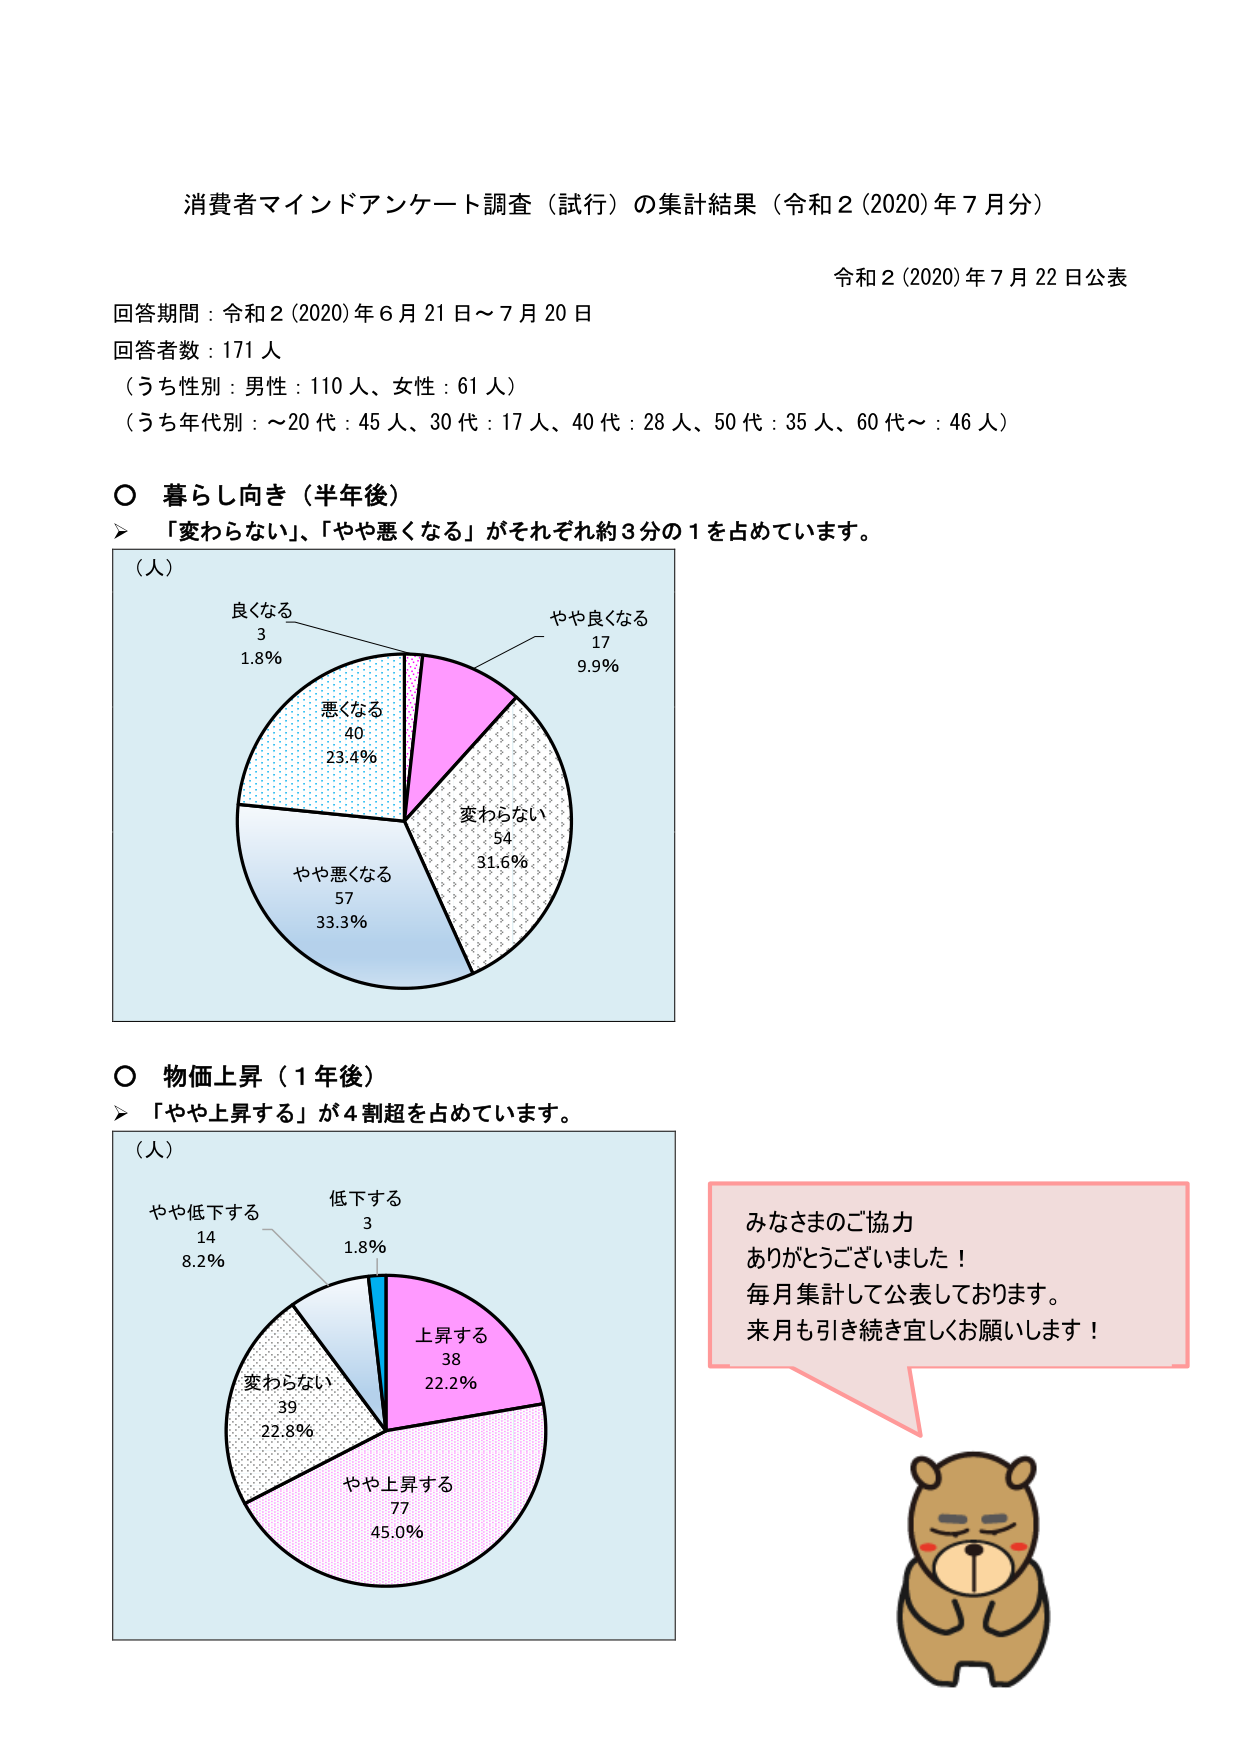
消費者マインドアンケート調査（試行）の集計結果（令和2(2020)年7月分）

令和2(2020)年7月22日公表

回答期間：令和2(2020)年6月21日～7月20日
回答者数：171人
（うち性別：男性：110人、女性：61人）
（うち年代別：～20代：45人、30代：17人、40代：28人、50代：35人、60代～：46人）

○ 暮らし向き（半年後）
▶ 「変わらない」、「やや悪くなる」がそれぞれ約3分の1を占めています。

（人）
良くなる
3
1.8%
悪くなる
40
23.4%
やや悪くなる
57
33.3%
変わらない
54
31.6%
やや良くなる
17
9.9%

○ 物価上昇（1年後）
▶ 「やや上昇する」が4割超を占めています。

（人）
やや低下する
14
8.2%
低下する
3
1.8%
上昇する
38
22.2%
やや上昇する
77
45.0%
変わらない
39
22.8%

みなさまのご協力
ありがとうございました！
毎月集計して公表しております。
来月も引き続き宜しくお願いします！